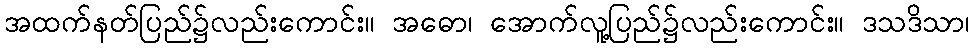
အထက်နတ်ပြည်၌လည်းကောင်း။ အဓော၊ အောက်လူ့ပြည်၌လည်းကောင်း။ ဒသဒိသာ၊